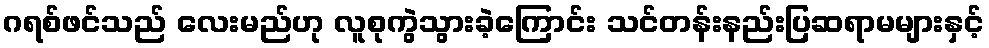
ဂရစ်ဖင်သည် လေးမည်ဟု လူစုကွဲသွားခဲ့ကြောင်း သင်တန်းနည်းပြဆရာမများနှင့်